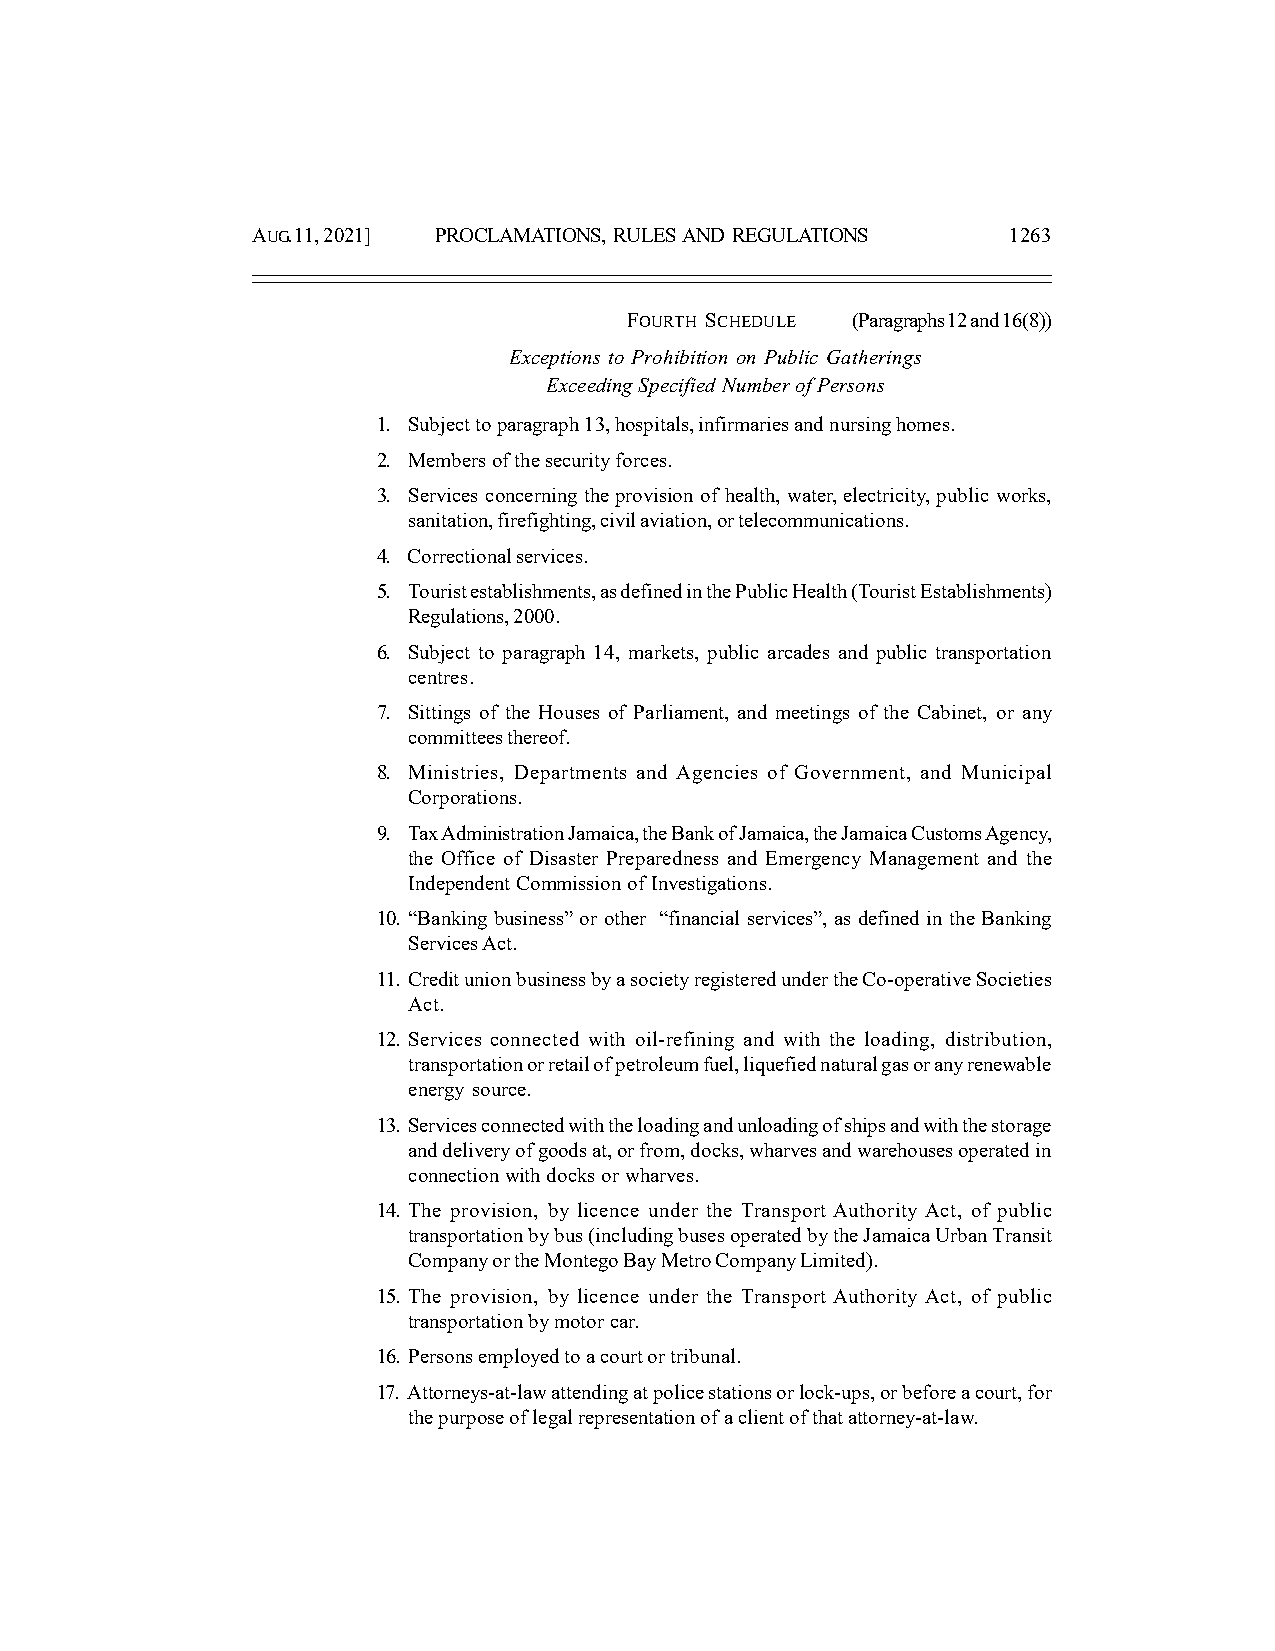
AUG. 11, 2021] PROCLAMATIONS, RULES AND REGULATIONS 1263
 FOURTH SCHEDULE (Paragraphs 12 and 16(8))
 Exceptions to Prohibition on Public Gatherings
 Exceeding Specified Number of Persons
 1. Subject to paragraph 13, hospitals, infirmaries and nursing homes.
 2. Members of the security forces.
 3. Services concerning the provision of health, water, electricity, public works,
 sanitation, firefighting, civil aviation, or telecommunications.
 4. Correctional services.
 5. Tourist establishments, as defined in the Public Health (Tourist Establishments)
 Regulations, 2000.
 6. Subject to paragraph 14, markets, public arcades and public transportation
 centres.
 7. Sittings of the Houses of Parliament, and meetings of the Cabinet, or any
 committees thereof.
 8. Ministries, Departments and Agencies of Government, and Municipal
 Corporations.
 9. Tax Administration Jamaica, the Bank of Jamaica, the Jamaica Customs Agency,
 the Office of Disaster Preparedness and Emergency Management and the
 Independent Commission of Investigations.
 10. “Banking business” or other “financial services”, as defined in the Banking
 Services Act.
 11. Credit union business by a society registered under the Co-operative Societies
 Act.
 12. Services connected with oil-refining and with the loading, distribution,
 transportation or retail of petroleum fuel, liquefied natural gas or any renewable
 energy source.
 13. Services connected with the loading and unloading of ships and with the storage
 and delivery of goods at, or from, docks, wharves and warehouses operated in
 connection with docks or wharves.
 14. The provision, by licence under the Transport Authority Act, of public
 transportation by bus (including buses operated by the Jamaica Urban Transit
 Company or the Montego Bay Metro Company Limited).
 15. The provision, by licence under the Transport Authority Act, of public
 transportation by motor car.
 16. Persons employed to a court or tribunal.
 17. Attorneys-at-law attending at police stations or lock-ups, or before a court, for
 the purpose of legal representation of a client of that attorney-at-law.